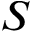
S